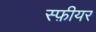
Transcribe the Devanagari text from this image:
स्फ़ीयर